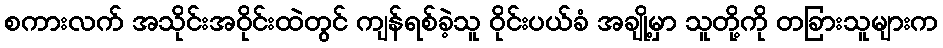
စကားလက် အသိုင်းအဝိုင်းထဲတွင် ကျန်ရစ်ခဲ့သူ ဝိုင်းပယ်ခံ အချို့မှာ သူတို့ကို တခြားသူများက